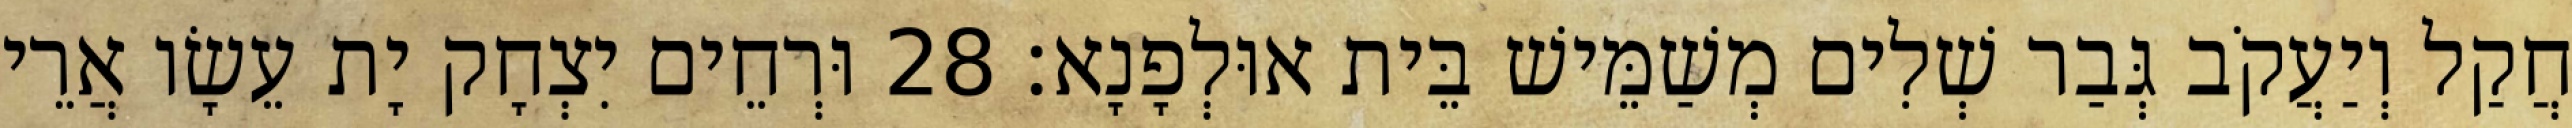
חֲקַל וְיַעֲקֹב גְּבַר שְׁלִים מְשַׁמֵּישׁ בֵּית אוּלְפָנָא׃ 28 וּרְחֵים יִצְחָק יָת עֵשָׂו אֲרֵי